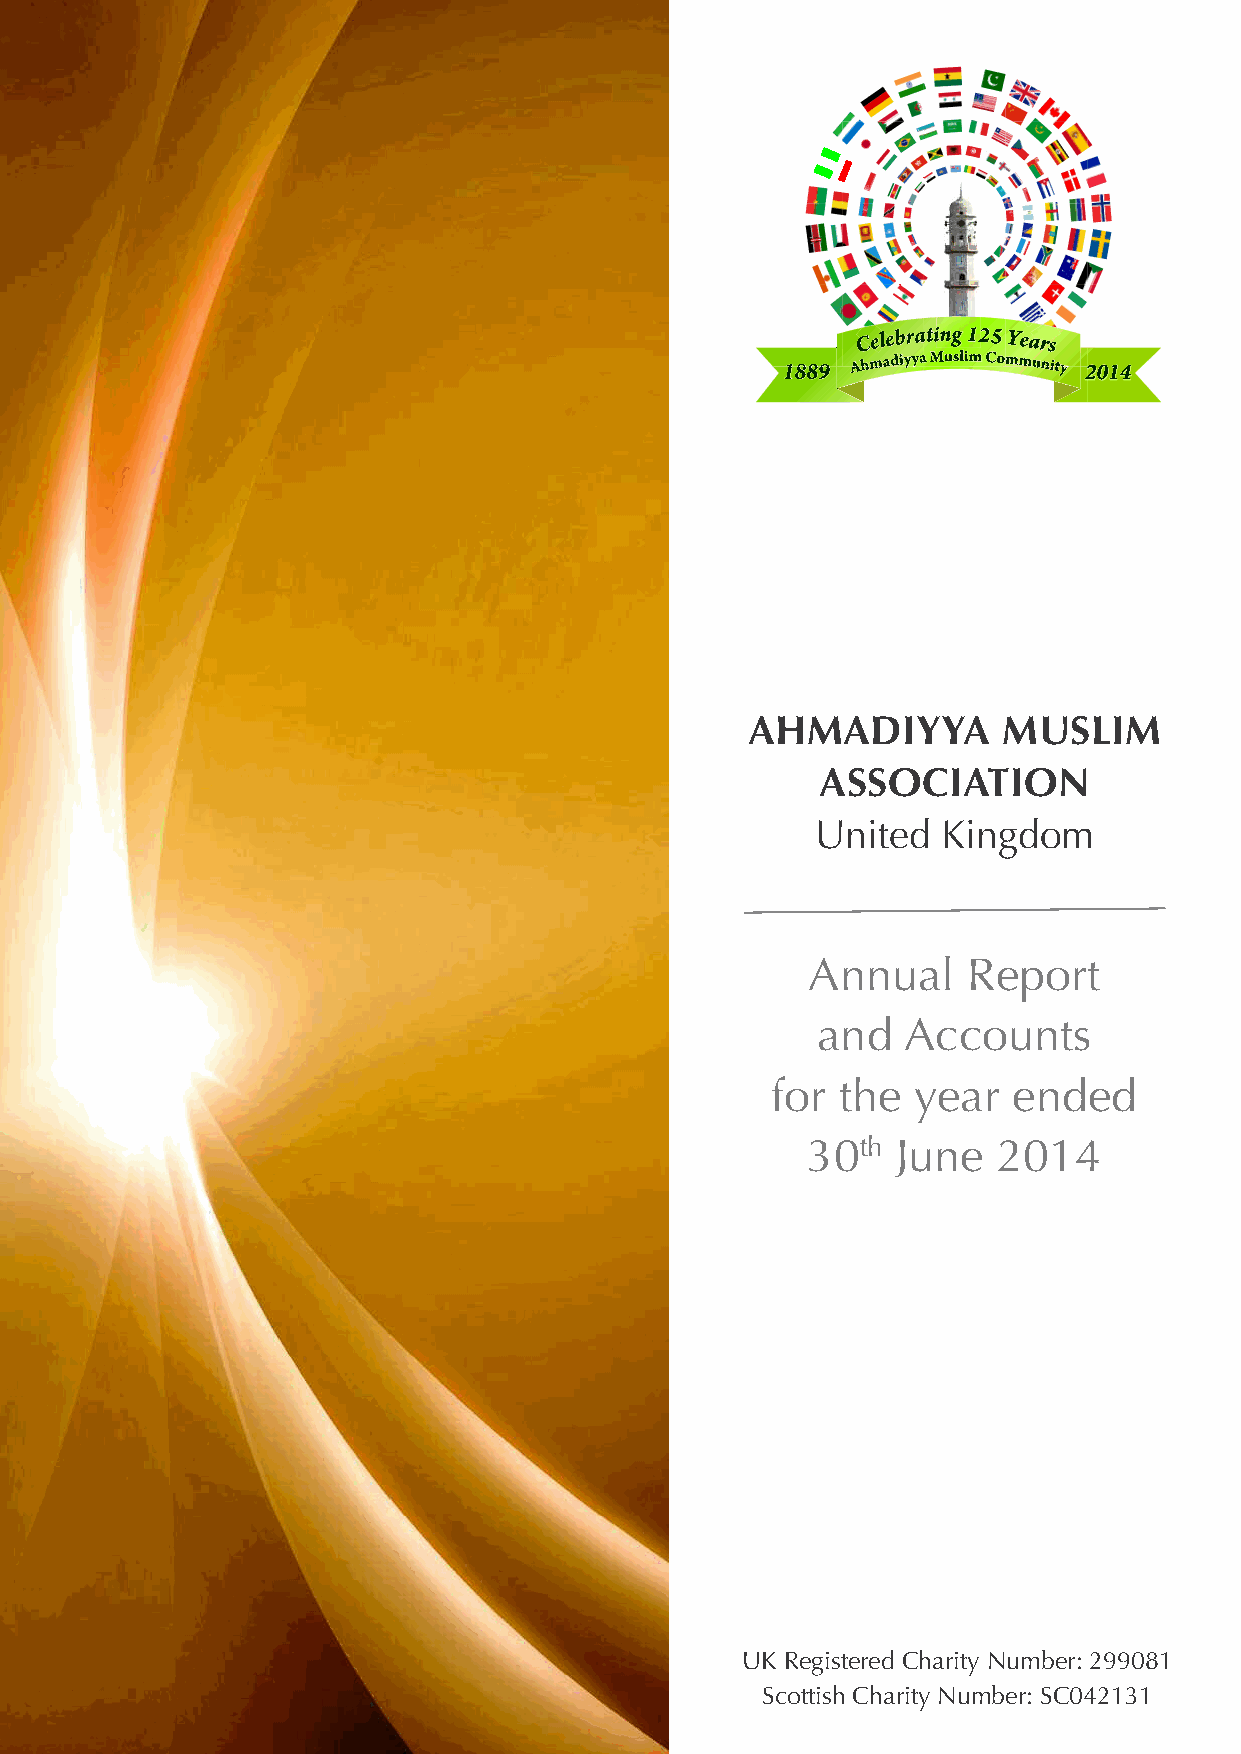
AHMADIYYA        MUSLIM
 ASSOCIATION
 United  Kingdom
 Annual     Report
 and   Accounts
 for the  year   ended
 30th  June   2014
 UUK KR eRgeigstiestreerde Cd hCahriatryi tNy uNmubmebr:e 2r:9 2990980181
 ScotStcisoht tCishha Crithya Nrituym Nbuemr: bSeCr0: 4S2C103412131